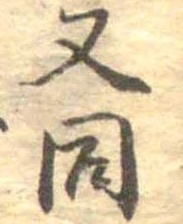
又同